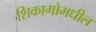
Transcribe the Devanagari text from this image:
शिकागोमधील